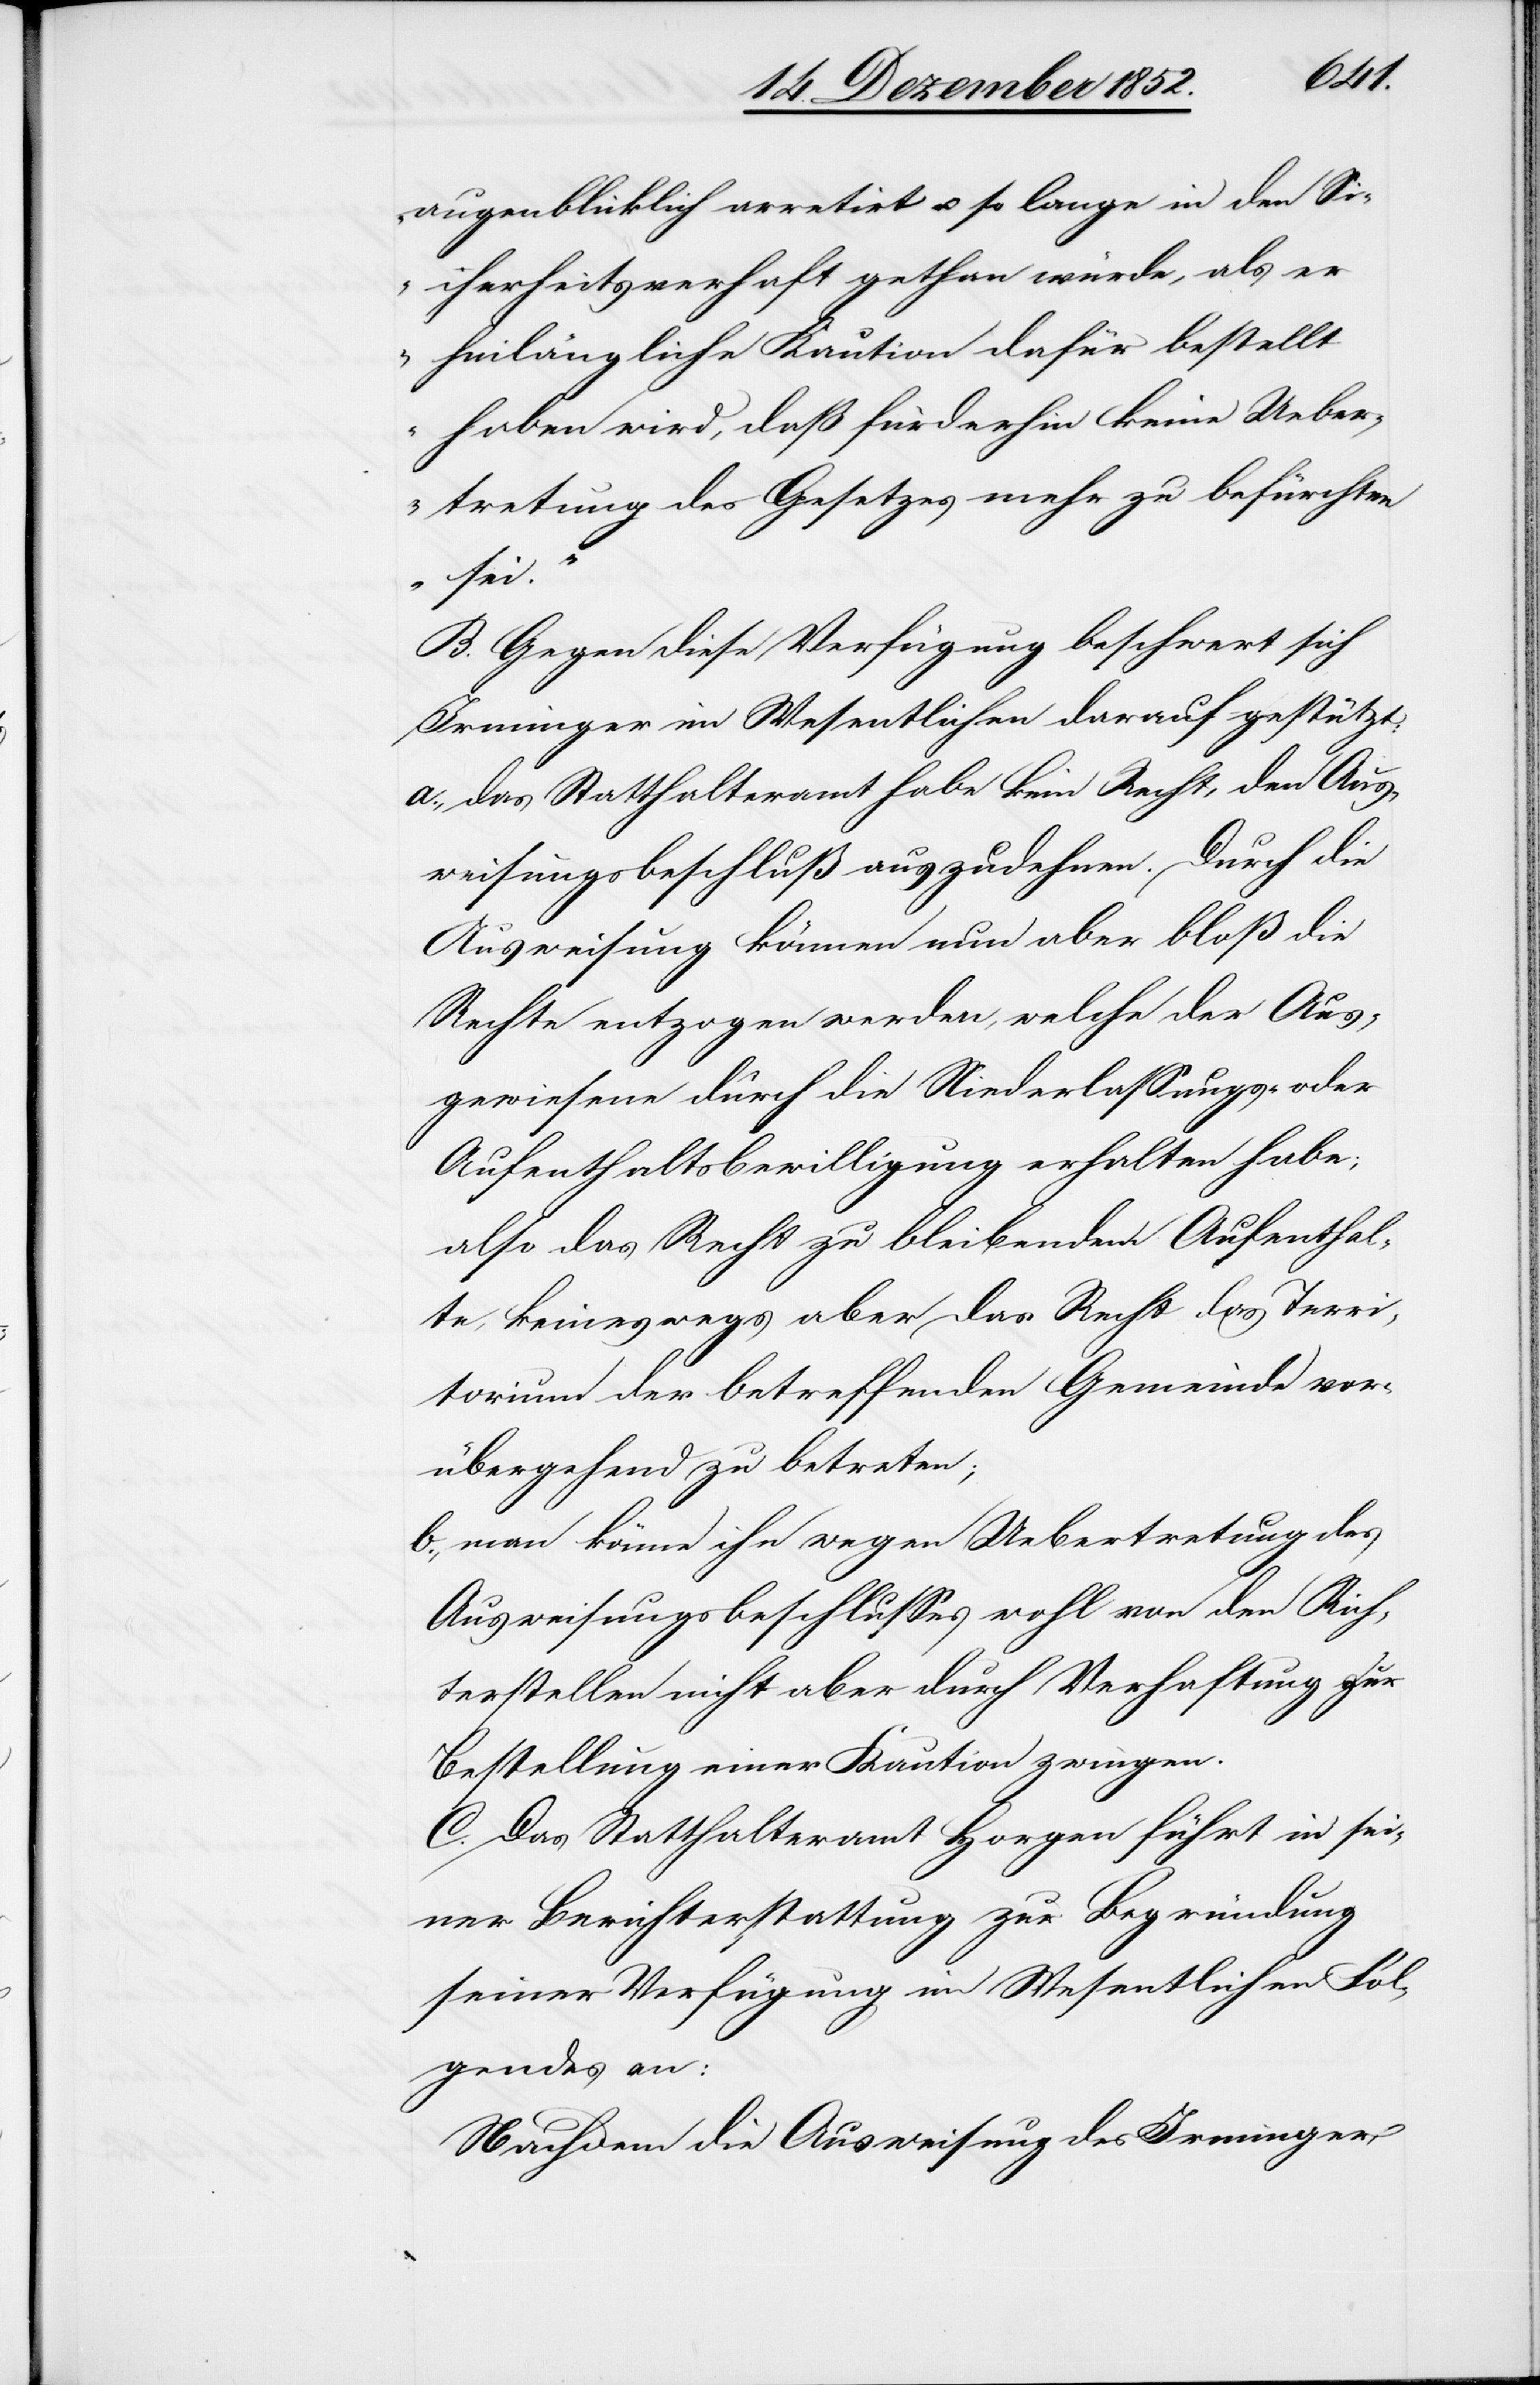
augenblicklich arretirt u. so lange in den Si¬
cherheitsverhaft gethan würde, als er
hinlängliche Kaution dafür bestellt
haben wird, daß fürderhin keine Uebe¬
rtretung des Gesetzes mehr zu befürchten
sei.“
B. Gegen diese Verfügung beschwert sich
Irminger im Wesentlichen darauf gestützt:
das Statthalteramt habe kein Recht, den Aus¬
weisungsbeschluß auszudehnen. Durch die
Ausweisung können nun aber bloß die
Rechte entzogen werden, welche der Aus¬
gewiesene durch die Niederlassungs- oder
Aufenthaltsbewilligung erhalten habe;
also das Recht zu bleibendem Aufenthal¬
te, keineswegs aber das Recht das Terri¬
torium der betreffenden Gemeinde vor¬
übergehend zu betreten;
man könne ihn wegen Uebertretung des
Ausweisungsbeschlusses wohl von den Rich¬
terstellen nicht aber durch Verhaftung zur
Bestellung einer Kaution zwingen.
C. Das Statthalteramt Horgen führt in sei¬
ner Berichterstattung zur Begründung
seiner Verfügung im Wesentlichen Fol¬
gendes an:
Nachdem die Ausweisung des Irminger